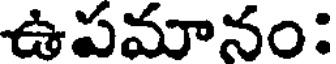
ఉపమానం: